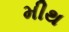
મીથ